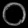
Digit: ၀